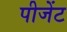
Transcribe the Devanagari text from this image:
पीजेंट